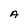
Character: A